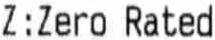
Z:ZERO RATED